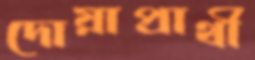
দোয়াপ্রার্থী